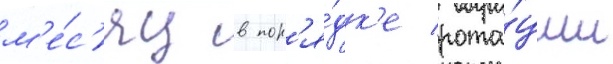
м'е́с'яц в пор'я́дк'е рота́ции